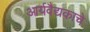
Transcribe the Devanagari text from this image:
आर्यवैद्यकाचे